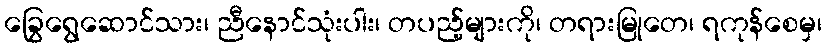
ခြွေရွေဆောင်သား၊ ညီနောင်သုံးပါး၊ တပည့်များကို၊ တရားမြုတေ၊ ရကုန်စေမှ၊